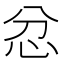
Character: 忿